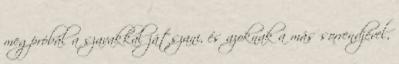
megpróbál a szavakkal játszani, és azoknak a más sorrendjével,